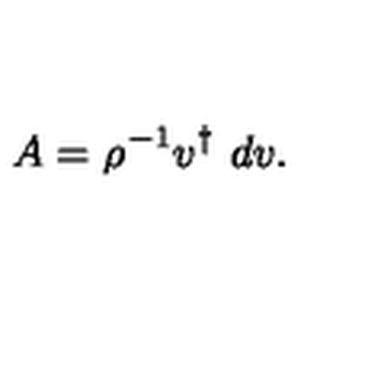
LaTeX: A = \rho ^ { - 1 } v ^ { \dagger } \ d v .